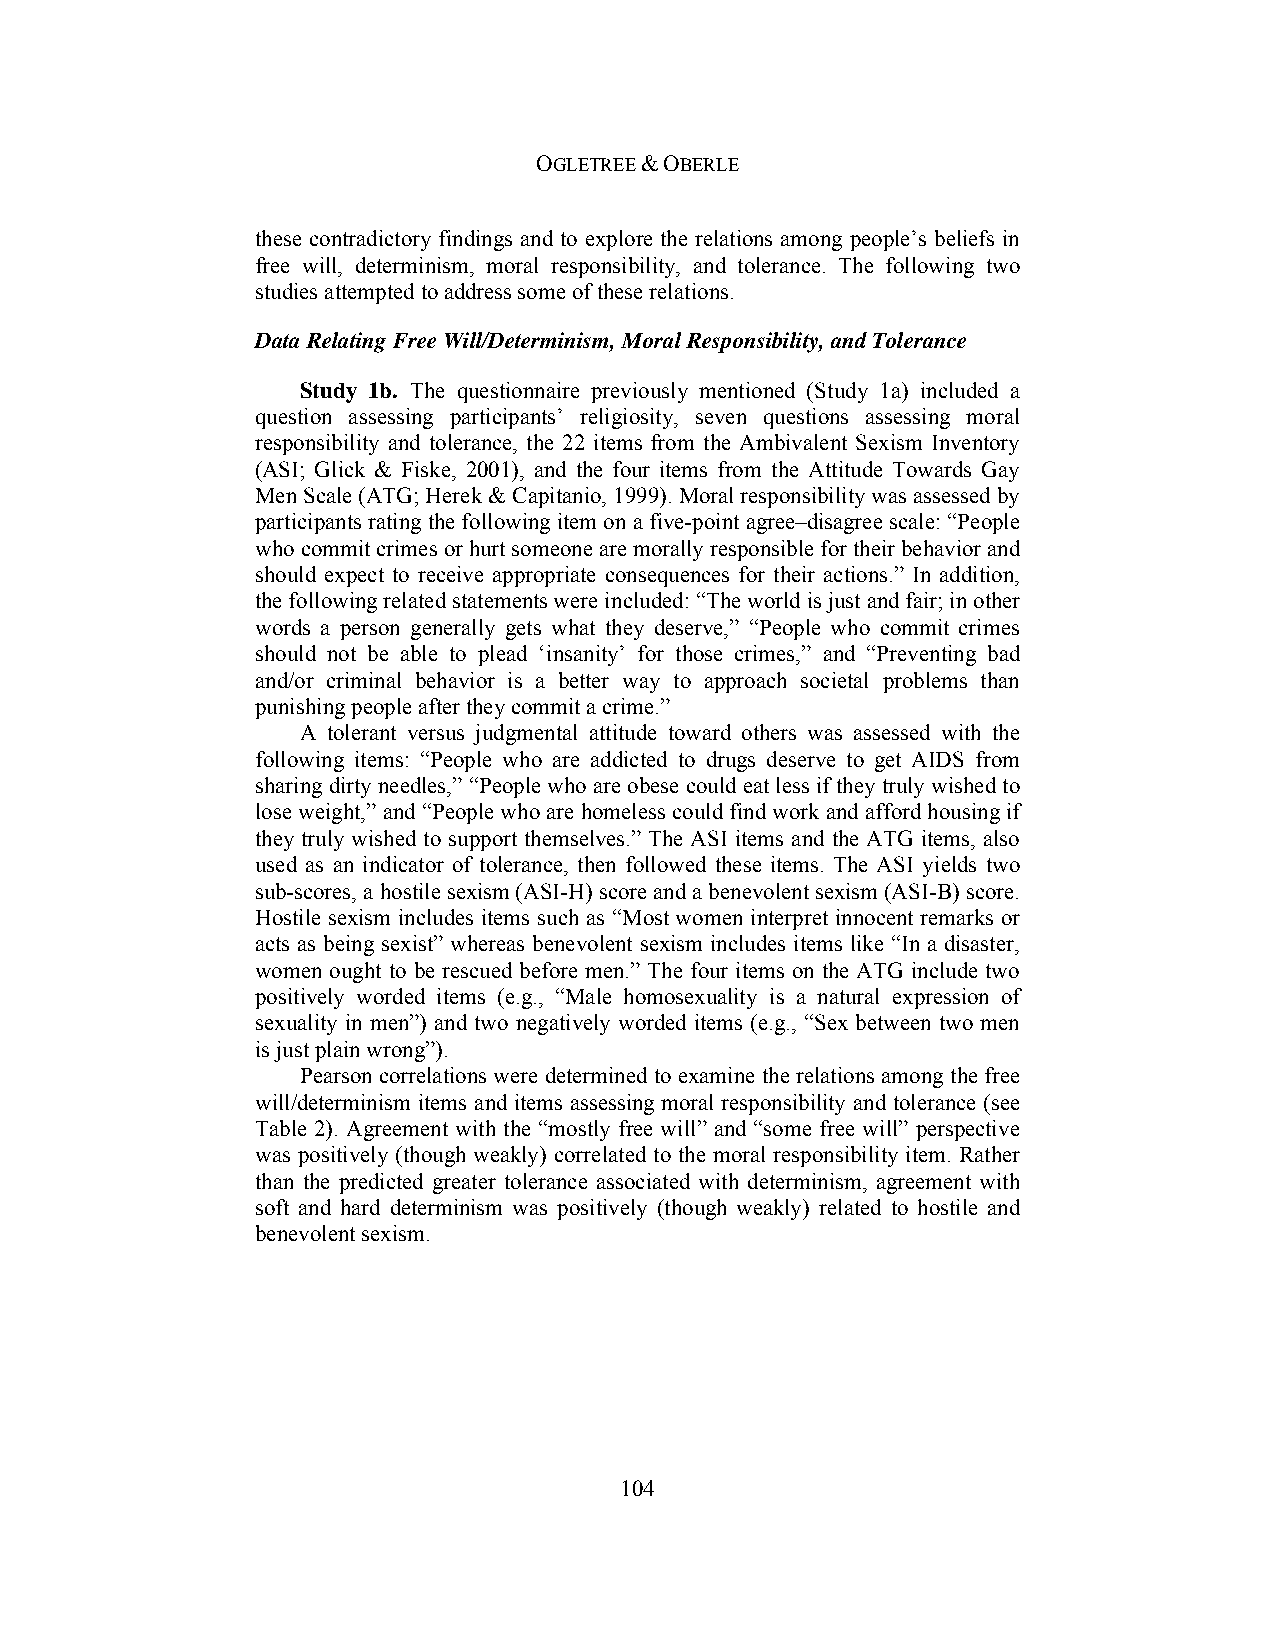
OGLETREE & OBERLE
 these contradictory findings and to explore the relations among people’s beliefs in
 free will, determinism, moral responsibility, and tolerance. The following two
 studies attempted to address some of these relations.
 Data Relating Free Will/Determinism, Moral Responsibility, and Tolerance
 Study 1b. The questionnaire previously mentioned (Study 1a) included a
 question assessing participants’ religiosity, seven questions assessing moral
 responsibility and tolerance, the 22 items from the Ambivalent Sexism Inventory
 (ASI; Glick & Fiske, 2001), and the four items from the Attitude Towards Gay
 Men Scale (ATG; Herek & Capitanio, 1999). Moral responsibility was assessed by
 participants rating the following item on a five-point agree–disagree scale: “People
 who commit crimes or hurt someone are morally responsible for their behavior and
 should expect to receive appropriate consequences for their actions.” In addition,
 the following related statements were included: “The world is just and fair; in other
 words a person generally gets what they deserve,” “People who commit crimes
 should not be able to plead ‘insanity’ for those crimes,” and “Preventing bad
 and/or criminal behavior is a better way to approach societal problems than
 punishing people after they commit a crime.”
 A tolerant versus judgmental attitude toward others was assessed with the
 following items: “People who are addicted to drugs deserve to get AIDS from
 sharing dirty needles,” “People who are obese could eat less if they truly wished to
 lose weight,” and “People who are homeless could find work and afford housing if
 they truly wished to support themselves.” The ASI items and the ATG items, also
 used as an indicator of tolerance, then followed these items. The ASI yields two
 sub-scores, a hostile sexism (ASI-H) score and a benevolent sexism (ASI-B) score.
 Hostile sexism includes items such as “Most women interpret innocent remarks or
 acts as being sexist” whereas benevolent sexism includes items like “In a disaster,
 women ought to be rescued before men.” The four items on the ATG include two
 positively worded items (e.g., “Male homosexuality is a natural expression of
 sexuality in men”) and two negatively worded items (e.g., “Sex between two men
 is just plain wrong”).
 Pearson correlations were determined to examine the relations among the free
 will/determinism items and items assessing moral responsibility and tolerance (see
 Table 2). Agreement with the “mostly free will” and “some free will” perspective
 was positively (though weakly) correlated to the moral responsibility item. Rather
 than the predicted greater tolerance associated with determinism, agreement with
 soft and hard determinism was positively (though weakly) related to hostile and
 benevolent sexism.
 104